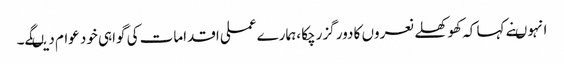
انہوںنے کہا کہ کھوکھلے نعروں کا دور گزرچکا ،ہمارے عملی اقدامات کی گواہی خود عوام دیںگے۔